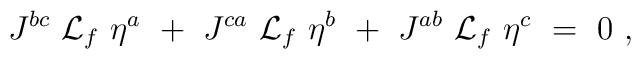
J^{bc}\ {\cal L}_f\ \eta^a\   +\  J^{ca}\ {\cal L}_f\ \eta^b\   +\ J^{ab}\ {\cal L}_f\ \eta^c\   =\ 0\ ,